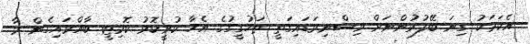
އެކަމަކު ގިނަ ބޭފުޅުންނަށް ވިސްނިވަޑައިގަތީ ތަހުގީގުގެ އެހާ ކުރީކޮޅު ކޮމިޓީ ބާއްވައިގެން މާ